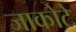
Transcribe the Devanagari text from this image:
जाकोटे